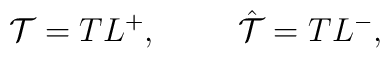
{\cal T} = TL^{+}, \hskip 1cm \hat {\cal T} = TL^{-},